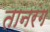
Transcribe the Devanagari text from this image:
तानरंग